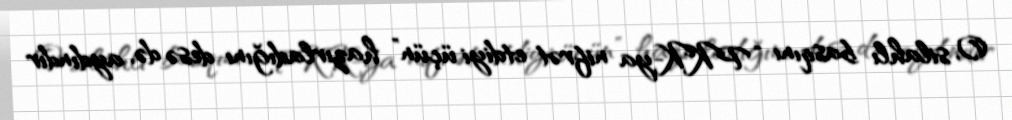
O, silahlı basqını “PKK-ya nifrət etdiyi üçün” hazırladığını desə də, aydındır